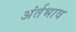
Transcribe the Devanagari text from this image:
अंर्तभाव